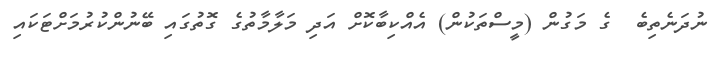
ނުދަނެތިބެ  ގެ މަގުން (މީސްތަކުން) އެއްކިބާކޮށް އަދި މަލާމާތުގެ ގޮތުގައި ބޭނުންކުރުމަށްޓަކައި